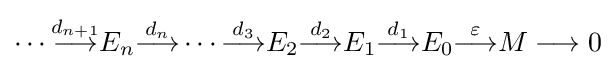
\cdots {\overset {d_{n+1}}{\longrightarrow }}E_{n}{\overset {d_{n}}{\longrightarrow }}\cdots {\overset {d_{3}}{\longrightarrow }}E_{2}{\overset {d_{2}}{\longrightarrow }}E_{1}{\overset {d_{1}}{\longrightarrow }}E_{0}{\overset {\varepsilon }{\longrightarrow }}M\longrightarrow 0